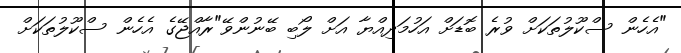
"އެހެން ސްކޫލުތަކަށް ވުރެ ބޮޑަށް އަހުމަދިއްޔާ އަށް ލޯބި ބޭނުންވޭ"ރާއްޖޭގެ އެހެން ސްކޫލުތަކަށް